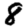
Digit: 8